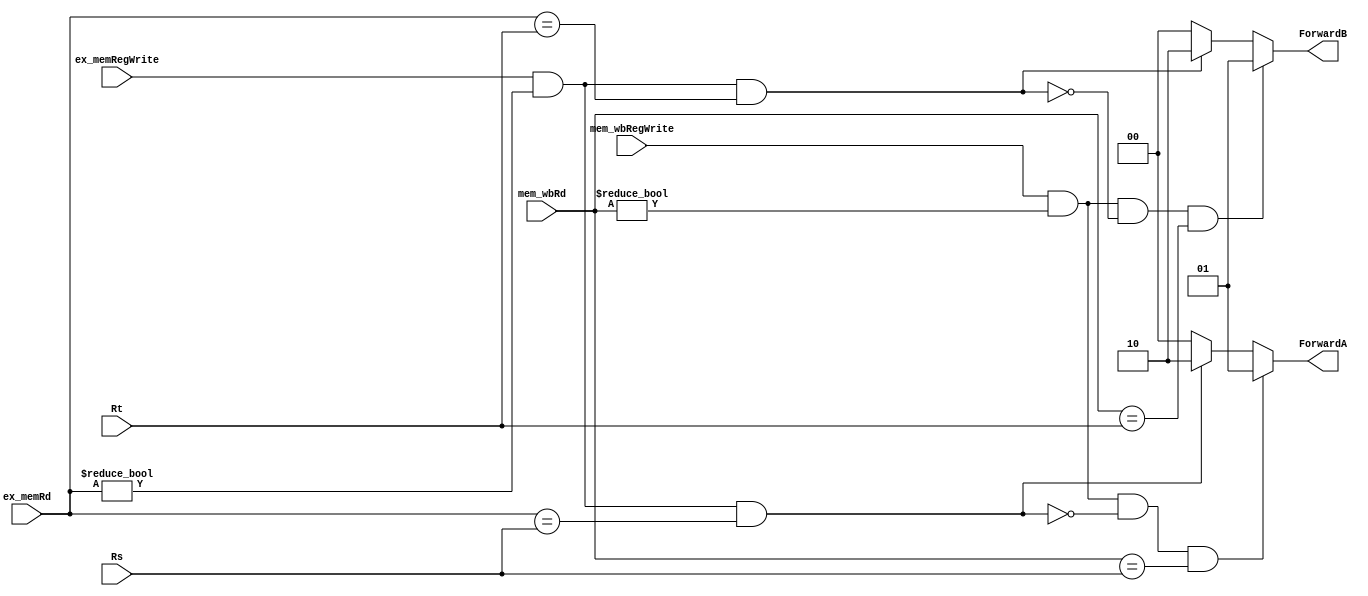
`timescale 1ns / 1ps
//////////////////////////////////////////////////////////////////////////////////
// Company: 
// Engineer: 
// 
// Design Name: 
// Module Name: forwarding_unit
// Project Name: 
// Target Devices: 
// Tool Versions: 
// Description: 
// 
// Dependencies: 
// 
// Revision:
// Revision 0.01 - File Created
// Additional Comments:
// 
//////////////////////////////////////////////////////////////////////////////////


module forwarding_unit(Rs, Rt, ex_memRd, mem_wbRd, ex_memRegWrite, mem_wbRegWrite, ForwardA, ForwardB);
    input [4:0] Rs, Rt, ex_memRd, mem_wbRd;
    input ex_memRegWrite, mem_wbRegWrite;
    output [1:0] ForwardA, ForwardB;
    wire [1:0] preA, preB;
    
    //EXhazard
    assign preA = (ex_memRegWrite & (ex_memRd != 0) & (ex_memRd == Rs))? 2'b10: 0;
    assign preB = (ex_memRegWrite & (ex_memRd != 0) & (ex_memRd == Rt))? 2'b10: 0;
    
    //MEMhazard
    assign ForwardA = (mem_wbRegWrite & (mem_wbRd != 0) & ~(ex_memRegWrite & (ex_memRd != 0) & (ex_memRd == Rs)) & (mem_wbRd == Rs))? 2'b01: preA;
    assign ForwardB = (mem_wbRegWrite & (mem_wbRd != 0) & ~(ex_memRegWrite & (ex_memRd != 0) & (ex_memRd == Rt)) & (mem_wbRd == Rt))? 2'b01: preB;
    
endmodule